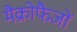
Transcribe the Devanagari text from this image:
मैक्रोफैजों